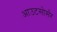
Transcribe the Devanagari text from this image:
आउटसोर्सर